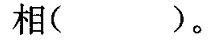
相( )。